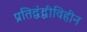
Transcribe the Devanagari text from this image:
प्रतिद्वंद्वीविहीन